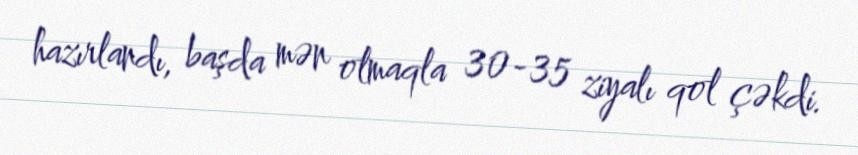
hazırlandı, başda mən olmaqla 30-35 ziyalı qol çəkdi.